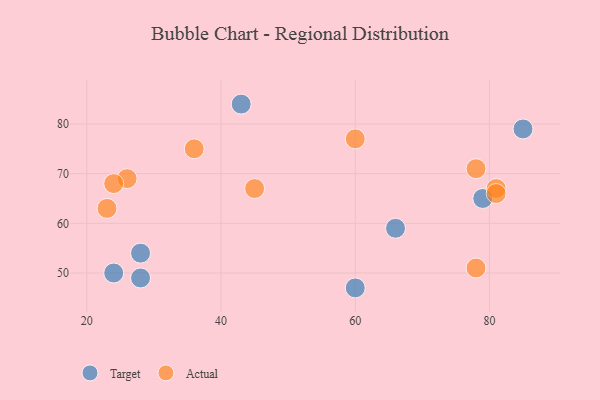
{"axis": {"x": "GDP", "y": "Life Expectancy"}, "legend": ["Actual", "Target"], "data": [{"x": "28", "y": 54, "type": "Target"}, {"x": "28", "y": 49, "type": "Target"}, {"x": "85", "y": 79, "type": "Target"}, {"x": "43", "y": 84, "type": "Target"}, {"x": "60", "y": 47, "type": "Target"}, {"x": "24", "y": 50, "type": "Target"}, {"x": "66", "y": 59, "type": "Target"}, {"x": "79", "y": 65, "type": "Target"}, {"x": "81", "y": 67, "type": "Actual"}, {"x": "23", "y": 63, "type": "Actual"}, {"x": "78", "y": 51, "type": "Actual"}, {"x": "26", "y": 69, "type": "Actual"}, {"x": "36", "y": 75, "type": "Actual"}, {"x": "60", "y": 77, "type": "Actual"}, {"x": "45", "y": 67, "type": "Actual"}, {"x": "81", "y": 66, "type": "Actual"}, {"x": "24", "y": 68, "type": "Actual"}, {"x": "78", "y": 71, "type": "Actual"}]}